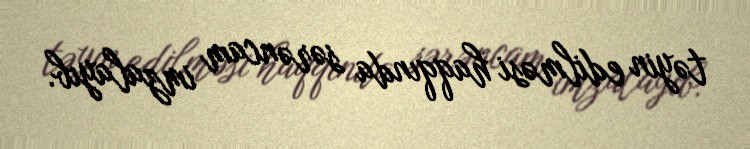
təyin edilməsi haqqında sərəncam imzalayıb.